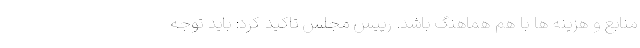
منابع و هزینه ها با هم هماهنگ باشد. رییس مجلس تاکید کرد: باید توجه